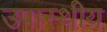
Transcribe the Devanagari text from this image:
उपास्थीय